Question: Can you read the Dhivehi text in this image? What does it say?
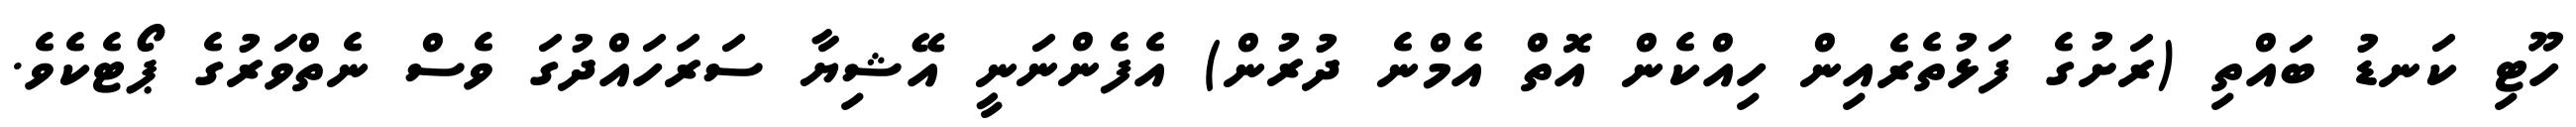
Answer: ހޫޓި ކަނޑު ބައްތި (ރަށުގެ ފަޅުތެރެއިން ހިއްކެން އޮތް އެމްނެ ދުރުން) އެފެންނަނީ އޭޝިޔާ ސަރަހައްދުގަ ވެސް ނެތްވަރުގެ ޕޯޓެކެވެ.